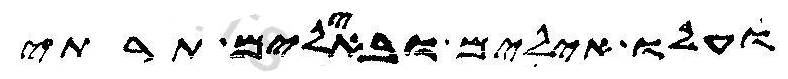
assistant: ועלו אילים ובאילים תרתי